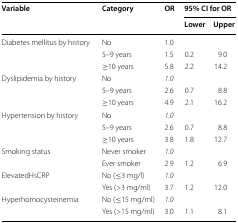
<table><thead><tr><td rowspan="2"><b>Variable</b></td><td rowspan="2"><b>Category</b></td><td rowspan="2"><b>OR</b></td><td colspan="2"><b>95% CI for OR</b></td></tr><tr><td><b>Lower</b></td><td><b>Upper</b></td></tr></thead><tbody><tr><td rowspan="3">Diabetes mellitus by history</td><td>No</td><td>1.0</td><td></td><td></td></tr><tr><td>5–9 years</td><td>1.5</td><td>0.2</td><td>9.0</td></tr><tr><td>≥10 years</td><td>5.8</td><td>2.2</td><td>14.2</td></tr><tr><td rowspan="3">Dyslipidemia by history</td><td>No</td><td><i>1.0</i></td><td></td><td></td></tr><tr><td>5–9 years</td><td>2.6</td><td>0.7</td><td>8.8</td></tr><tr><td>≥10 years</td><td>4.9</td><td>2.1</td><td>16.2</td></tr><tr><td rowspan="3">Hypertension by history</td><td>No</td><td><i>1.0</i></td><td></td><td></td></tr><tr><td>5–9 years</td><td>2.6</td><td>0.7</td><td>8.8</td></tr><tr><td>≥10 years</td><td>3.8</td><td>1.8</td><td>12.7</td></tr><tr><td rowspan="2">Smoking status</td><td>Never smoker</td><td><i>1.0</i></td><td></td><td></td></tr><tr><td>Ever smoker</td><td>2.9</td><td>1.2</td><td>6.9</td></tr><tr><td rowspan="2">ElevatedHsCRP</td><td>No (≤3 mg/l)</td><td><i>1.0</i></td><td></td><td></td></tr><tr><td>Yes (&gt;3 mg/ml)</td><td>3.7</td><td>1.2</td><td>12.0</td></tr><tr><td rowspan="2">Hyperhomocysteinemia</td><td>No (≤15 mg/ml)</td><td><i>1.0</i></td><td></td><td></td></tr><tr><td>Yes (&gt;15 mg/ml)</td><td>3.0</td><td>1.1</td><td>8.1</td></tr></tbody></table>